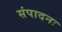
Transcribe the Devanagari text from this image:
संपादनः